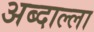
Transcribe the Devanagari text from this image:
अब्दाल्ला